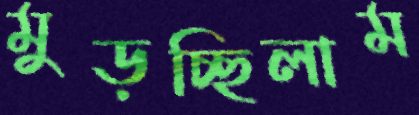
মুড়চ্ছিলাম